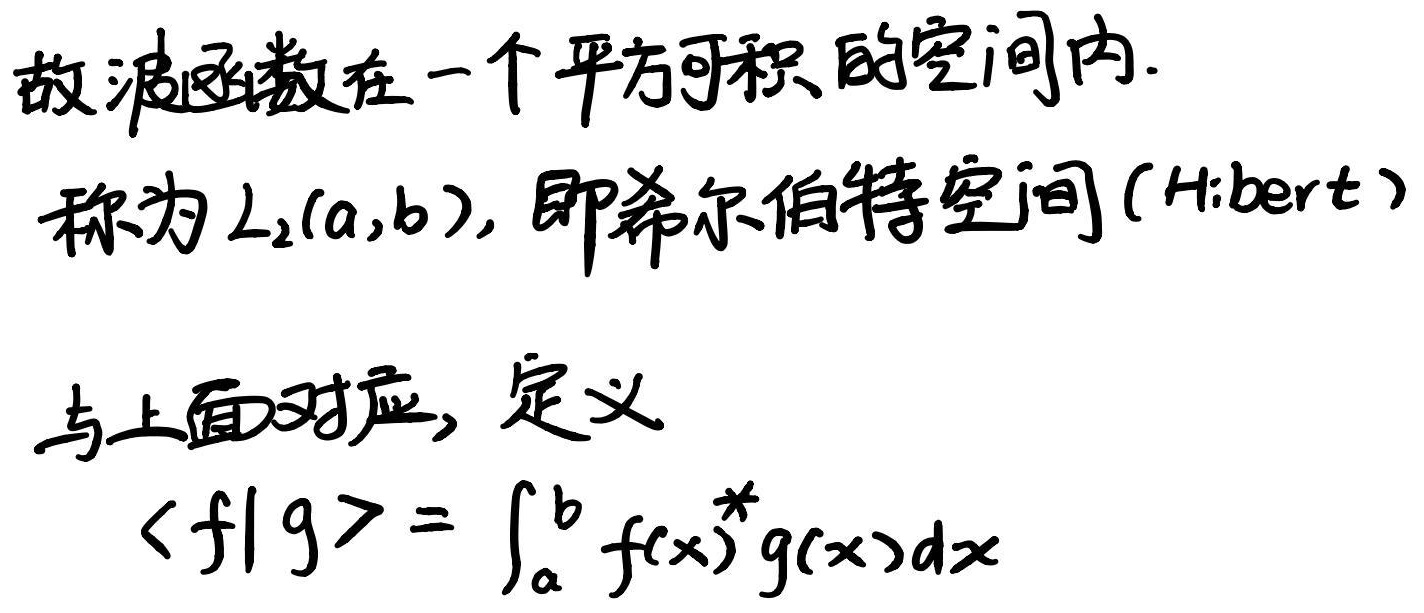
故波函数在一个平方可积的空间内，称为\(L_2(a,b)\)，即希尔伯特空间（Hilbert）。与上面对应，定义\(\langle f|g\rangle = \int_{a}^{b} f(x)^{*}g(x)dx\)。